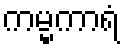
ကမ္မကာရံ